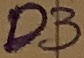
Text: D3